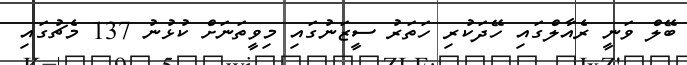
ބޭލް ވަނީ ރެއާލްގައި ހޭދަކުރި ހަތަރު ސީޒަނުގައި މިވީތަނަށް ކުޅުނު 137 މެޗުގައި